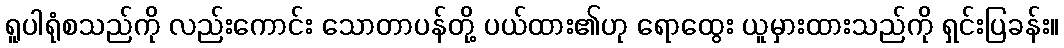
ရူပါရုံစသည်ကို လည်းကောင်း သောတာပန်တို့ ပယ်ထား၏ဟု ရောထွေး ယူမှားထားသည်ကို ရှင်းပြခန်း။